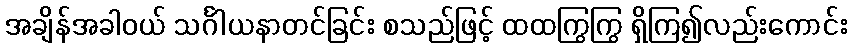
အချိန်အခါဝယ် သင်္ဂါယနာတင်ခြင်း စသည်ဖြင့် ထထကြွကြွ ရှိကြ၍လည်းကောင်း